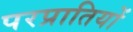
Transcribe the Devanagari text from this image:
परप्रातियों